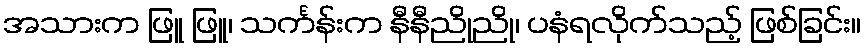
အသားက ဖြူ ဖြူ၊ သင်္ကန်းက နီနီညိုညို၊ ပနံရလိုက်သည့် ဖြစ်ခြင်း။